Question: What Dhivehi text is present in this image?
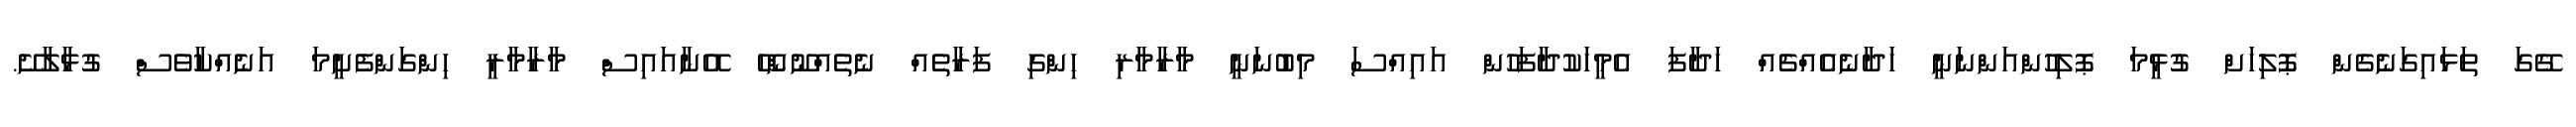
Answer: ގޭގަ ތަޅައިގަނެގެން ޕޮލިހަށް ގުޅީމަ ޕޮލިހުންއަންނަނީ ހަދާނެއެއްޗެއް ހަދާފަ އެމީހަކުދާފަހުން އައިއްސަ މިބުނަނީ މާރާމާރި ހިންގި ފަރާތެއް ނެތެއްނޫންހޭ އޭނާއައިސް މާރާމާރީ ހިންގަންފެށީމަ އަނެއްކާވެސް ގުޅާލާށޭ.